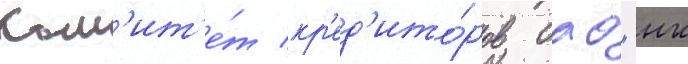
Ком'ит'е́т кр'ед'ито́ров оао "нк